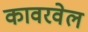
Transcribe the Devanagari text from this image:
कावरवेल